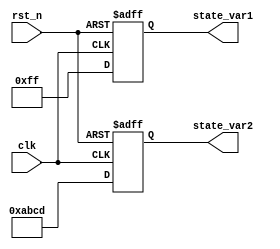
module ParameterFocusedInit #(
    parameter INIT_VAL1 = 8'hFF,  // Initial value for state variable 1
    parameter INIT_VAL2 = 16'hABCD, // Initial value for state variable 2
    parameter RESET_ACTIVE_LOW = 1 // Reset signal active low
)(
    input wire clk,                // Clock signal
    input wire rst_n,              // Reset signal (active low or active high based on parameter)
    output reg [7:0] state_var1,   // State variable 1
    output reg [15:0] state_var2    // State variable 2
);

    // Internal state variables
    reg [7:0] temp_var1;
    reg [15:0] temp_var2;

    // Initialization logic
    initial begin
        temp_var1 = INIT_VAL1;
        temp_var2 = INIT_VAL2;
    end

    // Always block for reset and normal operation
    always @(posedge clk or negedge rst_n) begin
        if (!rst_n) begin
            // Asynchronous reset
            if (RESET_ACTIVE_LOW) begin
                state_var1 <= INIT_VAL1;
                state_var2 <= INIT_VAL2;
            end else begin
                state_var1 <= 8'b0;  // Reset to 0 if active high
                state_var2 <= 16'b0; // Reset to 0 if active high
            end
        end else begin
            // Parameter-driven behavior can be implemented here
            // For demonstration, just pass the temp variables to output
            state_var1 <= temp_var1;
            state_var2 <= temp_var2;
        end
    end

    // Additional behavior can be added below based on parameter values
    // This can include processing logic that reacts to the initialized states
    
    /* Example of behavior dependent on initialization
    always @(posedge clk) begin
        // Modify the state based on conditional logic
        if (state_var1 == 8'hFF) begin
            state_var1 <= state_var1 - 1; // Example decrement behavior
        end
    end
    */

endmodule